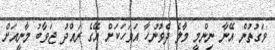
ވަގުތުން އޭނާ ނިންމީ މާލެ ދެވުނުހާ އަވަހަކަށް އޭގެ ރައްދު ޖަވާބު މާނީއަށް